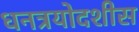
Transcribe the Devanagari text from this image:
धनत्रयोदशीस